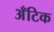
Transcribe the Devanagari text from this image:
अँटिक